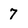
Character: 7